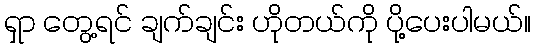
ရှာ တွေ့ရင် ချက်ချင်း ဟိုတယ်ကို ပို့ပေးပါမယ်။